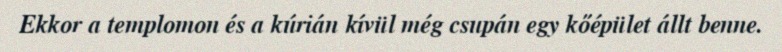
Ekkor a templomon és a kúrián kívül még csupán egy kőépület állt benne.